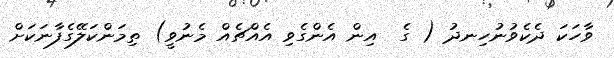
ވާހަކަ ދެކެވުނުހިނދު ( ގެ  އިން އެންގެވި އެއްޗެއް މެނުވީ) ތިމަންކަލޭގެފާނަކަށް